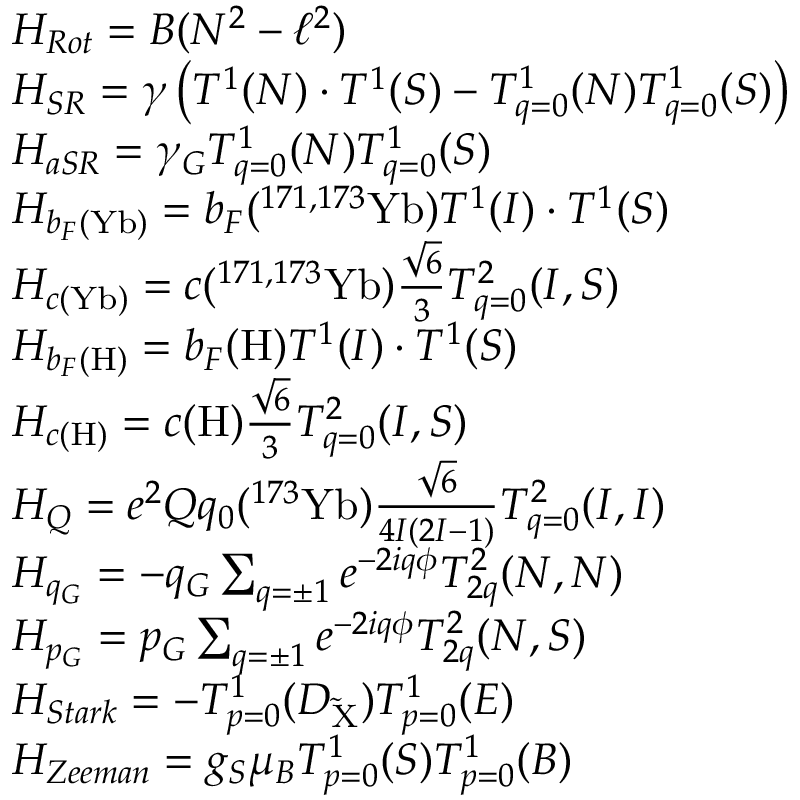
\begin{array} { r l } & { H _ { R o t } = B ( N ^ { 2 } - \ell ^ { 2 } ) } \\ & { H _ { S R } = \gamma \left( T ^ { 1 } ( N ) \cdot T ^ { 1 } ( S ) - T _ { q = 0 } ^ { 1 } ( N ) T _ { q = 0 } ^ { 1 } ( S ) \right) } \\ & { H _ { a S R } = \gamma _ { G } T _ { q = 0 } ^ { 1 } ( N ) T _ { q = 0 } ^ { 1 } ( S ) } \\ & { H _ { b _ { F } ( \mathrm { Y b } ) } = b _ { F } ( ^ { 1 7 1 , 1 7 3 } \mathrm { Y b } ) T ^ { 1 } ( I ) \cdot T ^ { 1 } ( S ) } \\ & { H _ { c ( \mathrm { Y b } ) } = c ( ^ { 1 7 1 , 1 7 3 } \mathrm { Y b } ) \frac { \sqrt { 6 } } { 3 } T _ { q = 0 } ^ { 2 } ( I , S ) } \\ & { H _ { b _ { F } ( \mathrm { H } ) } = b _ { F } ( \mathrm { H } ) T ^ { 1 } ( I ) \cdot T ^ { 1 } ( S ) } \\ & { H _ { c ( \mathrm { H } ) } = c ( \mathrm { H } ) \frac { \sqrt { 6 } } { 3 } T _ { q = 0 } ^ { 2 } ( I , S ) } \\ & { H _ { Q } = e ^ { 2 } Q q _ { 0 } ( ^ { 1 7 3 } \mathrm { Y b } ) \frac { \sqrt { 6 } } { 4 I ( 2 I - 1 ) } T _ { q = 0 } ^ { 2 } ( I , I ) } \\ & { H _ { q _ { G } } = - q _ { G } \sum _ { q = \pm 1 } e ^ { - 2 i q \phi } T _ { 2 q } ^ { 2 } ( N , N ) } \\ & { H _ { p _ { G } } = p _ { G } \sum _ { q = \pm 1 } e ^ { - 2 i q \phi } T _ { 2 q } ^ { 2 } ( N , S ) } \\ & { H _ { S t a r k } = - T _ { p = 0 } ^ { 1 } ( D _ { \mathrm { \tilde { X } } } ) T _ { p = 0 } ^ { 1 } ( E ) } \\ & { H _ { Z e e m a n } = g _ { S } \mu _ { B } T _ { p = 0 } ^ { 1 } ( S ) T _ { p = 0 } ^ { 1 } ( B ) } \end{array}